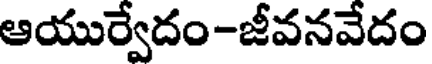
ఆయుర్వేదం-జీవనవేదం